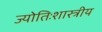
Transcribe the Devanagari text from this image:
ज्योतिःशास्त्रीय